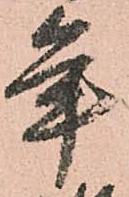
年